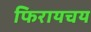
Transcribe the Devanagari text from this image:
फिरायचय